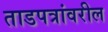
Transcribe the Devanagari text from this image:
ताडपत्रांवरील